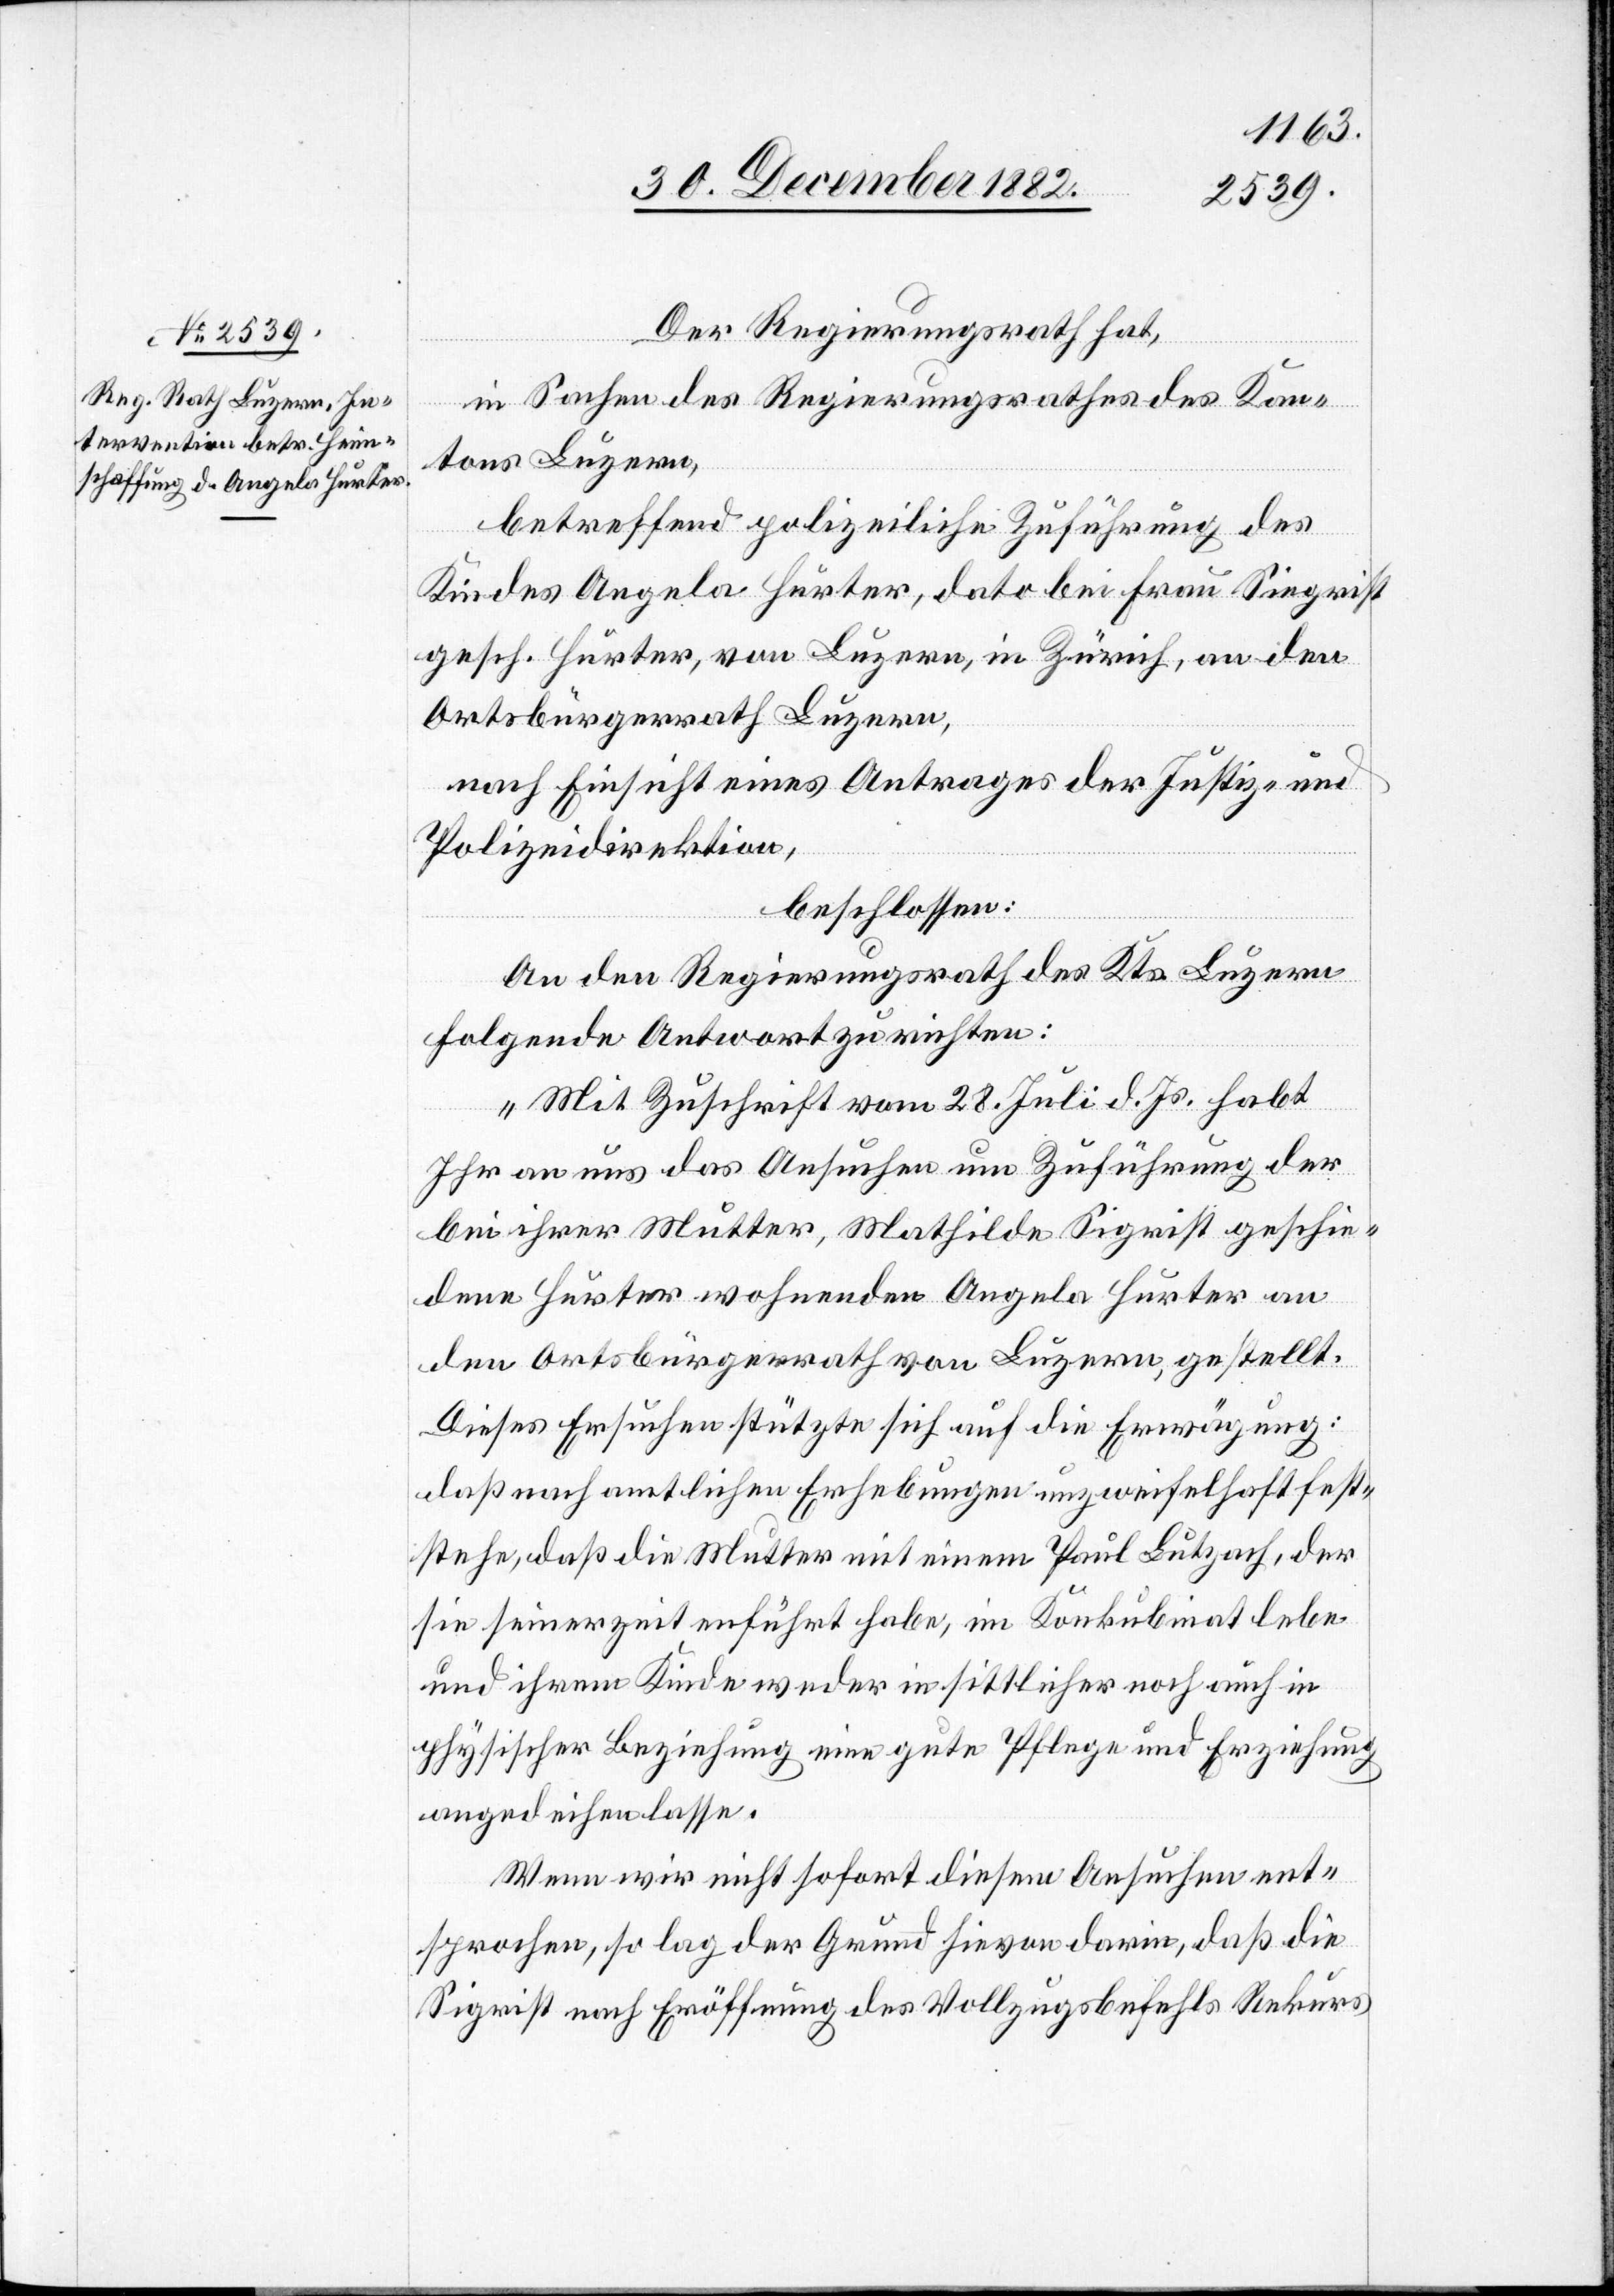
Der Regierungsrath hat,
hie¬
gesc¬
in Sachen des Regierungsrathes des Kan¬
tons Luzern,
betreffend polizeiliche Zuführung des
Kindes Angela Hurter, dato bei Frau Siegrist
gesch. Hurter, von Luzern, in Zürich, an den
Ortsbürgerrath Luzern,
nach Einsicht eines Antrages der Direktion
beschlossen:
An den Regierungsrath des Kts. Luzern
folgende Antwort zu richten:
„Mit Zuschrift vom 28. Juli d. Js. habt
Ihr an uns das Ansuchen um Zuführung der
bei ihrer Mutter, Mathilde Sigrist [si¬
dene Hurter wohnende Angela Hurter an
den Ortsbürgerrath von Luzern, gestellt.
Dieses Ersuchen stützte sich auf die Erwägung:
daß nach amtlichen Erhebungen unzweifelhaft fest¬
stehe, daß die Mutter mit einem Paul Lutzach, der
sie seinerzeit en[t]führt habe, im Konkubinat lebe
und ihrem Kinde weder in sittlicher noch auch in
physischer Beziehung eine gute Pflege und Erziehung
angedeihen lasse.
Wenn wir nicht sofort diesem Ansuchen ent¬
sprochen, so lag der Grund hievon darin, daß die
Sigrist nach Eröffnung des Vollzugsbefehls Rekurs